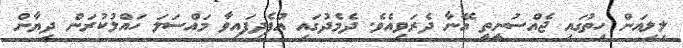
ލިލިއަން ހިތުގައި ޖެއްސުނީތީ އޭނާ ދެރަވިއެވެ. ދެމެދުގައި އުފެދިފައިވާ މައްސަލަ ހައްލުކުރަން ދިޔާން